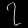
Digit: ၇